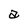
Character: a